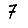
Digit: 7